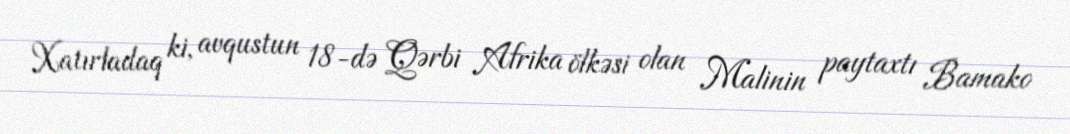
Xatırladaq ki, avqustun 18-də Qərbi Afrika ölkəsi olan Malinin paytaxtı Bamako